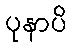
ပုနာပိ